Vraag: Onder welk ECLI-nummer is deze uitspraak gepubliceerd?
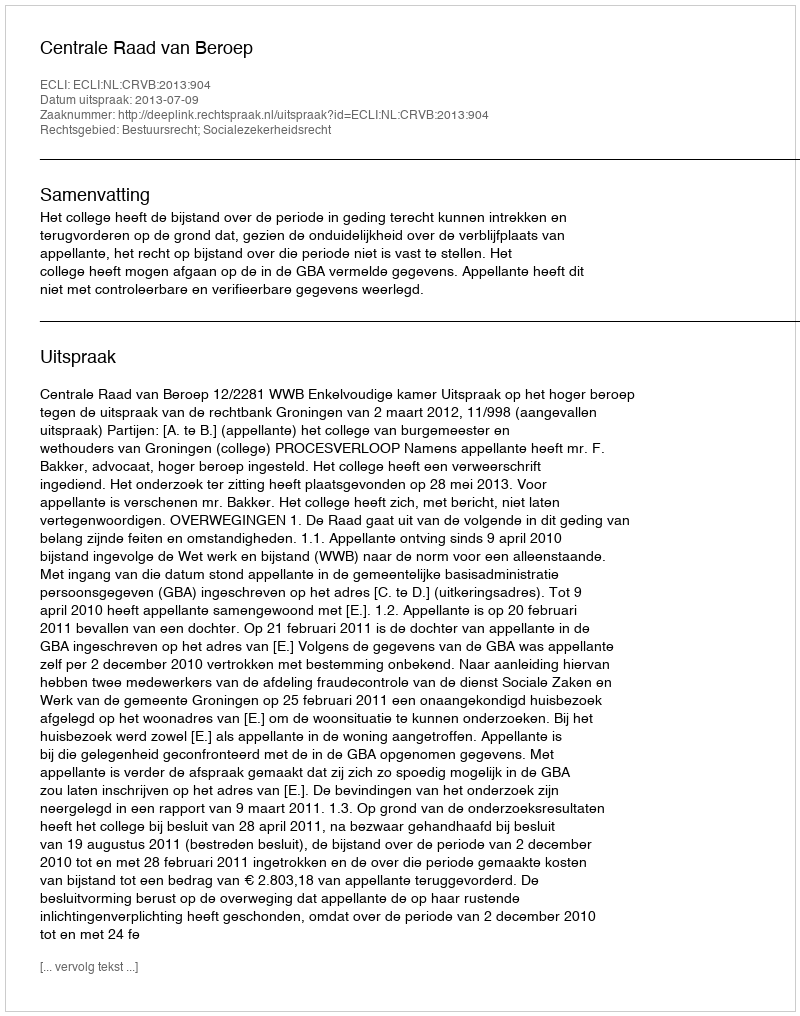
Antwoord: ECLI:NL:CRVB:2013:904